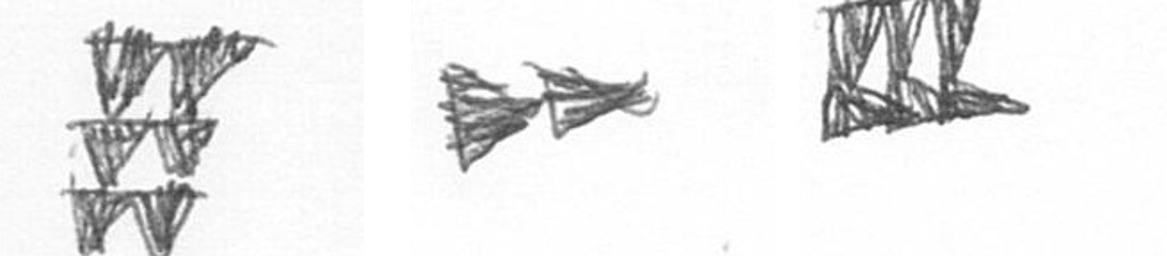
Y A D